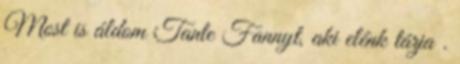
Most is áldom Tante Fannyt, aki elénk tárja .